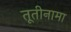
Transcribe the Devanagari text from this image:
तूतीनामा